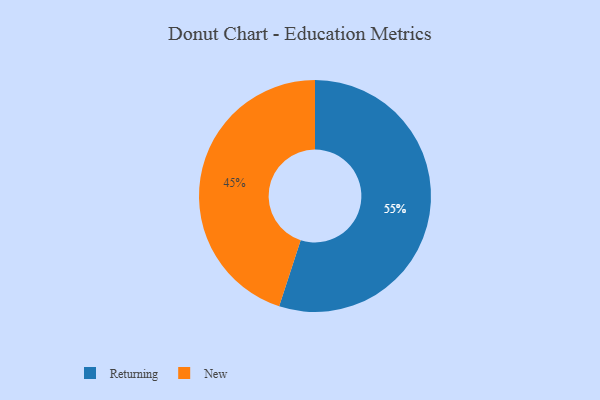
{"axis": {"x": "Category", "y": "Percentage"}, "legend": ["New", "Returning"], "data": [{"x": "New", "y": 45, "type": "New"}, {"x": "Returning", "y": 55, "type": "Returning"}]}